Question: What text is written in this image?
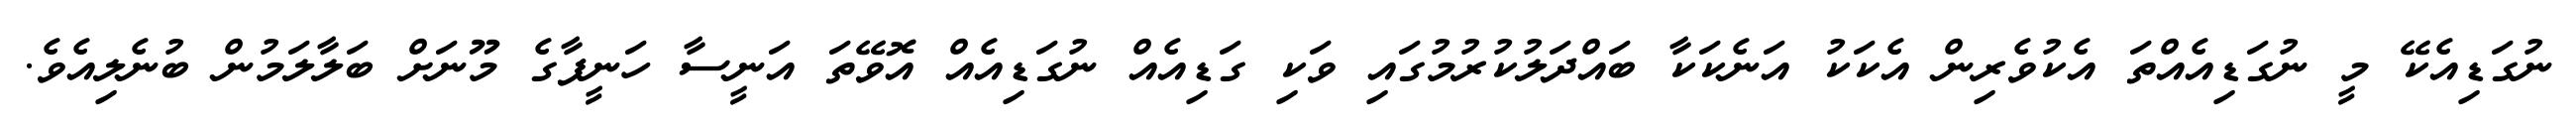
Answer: ނުގަޑިއެކޭ މީ ނުގަޑިއެއްތަ އެކުވެރިން އެކަކު އަނެކަކާ ބައްދަލުކުރުމުގައި ވަކި ގަޑިއެއް ނުގަޑިއެއް އޮވޭތަ އަނީސާ ހަނީފާގެ މޫނަށް ބަލާލަމުން ބުނެލިއެވެ.